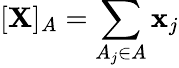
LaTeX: [\mathbf{X}]_{A}=\sum_{A_{j}\in A}\mathbf{x}_{j}